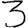
Digit: 3